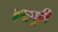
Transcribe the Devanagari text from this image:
इन्द्रभूति